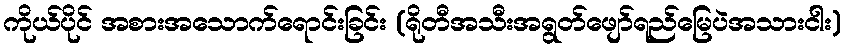
ကိုယ်ပိုင် အစားအသောက်ရောင်းခြင်း (ရိုတီအသီးအရွတ်ဖျော်ရည်မြေပဲအသားငါး)